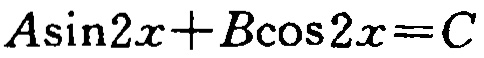
\(A\sin2x + B\cos2x = C\)